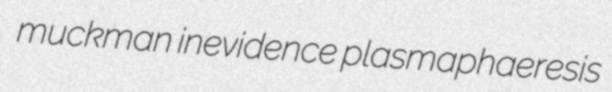
muckman inevidence plasmaphaeresis